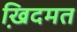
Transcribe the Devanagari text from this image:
खि़दमत